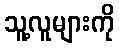
သူ့လူများကို